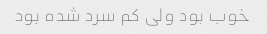
خوب بود ولی کم سرد شده بود